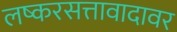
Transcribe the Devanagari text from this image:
लष्करसत्तावादावर